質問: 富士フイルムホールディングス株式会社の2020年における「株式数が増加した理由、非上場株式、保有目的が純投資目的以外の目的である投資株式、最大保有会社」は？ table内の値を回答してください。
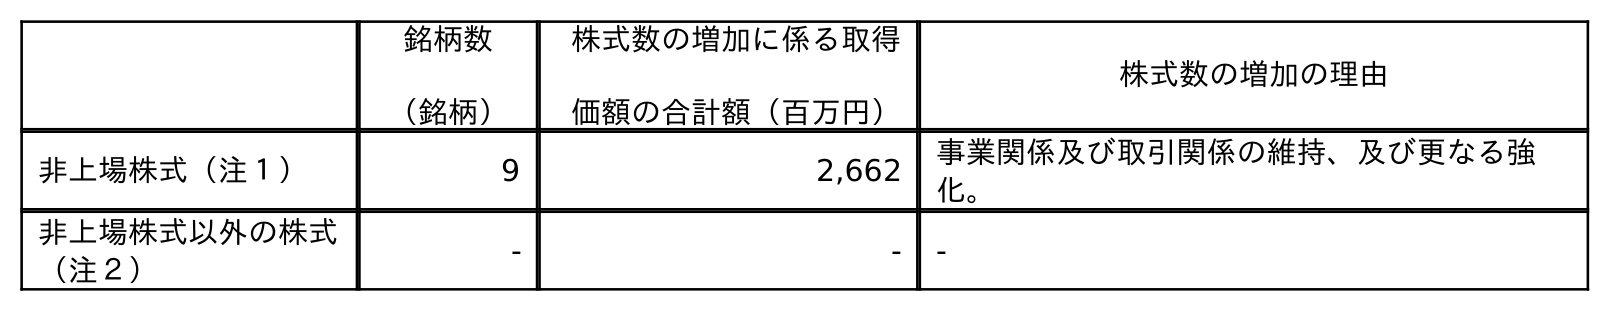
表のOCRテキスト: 銘柄数 （銘柄） 株式数の増加に係る取得 価額の合計額（百万円） 株式数の増加の理由 非上場株式（注１） 9 2,662 事業関係及び取引関係の維持、及び更なる強 化。 非上場株式以外の株式 （注２） - - -
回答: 事業関係及び取引関係の維持、及び更なる強化。